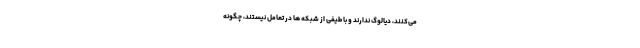
می‌­کنند، دیالوگ ندارند و با طیفی از شبکه ها در تعامل نیستند، چگونه